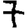
Digit: 7